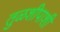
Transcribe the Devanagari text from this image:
तुळशीपाशी